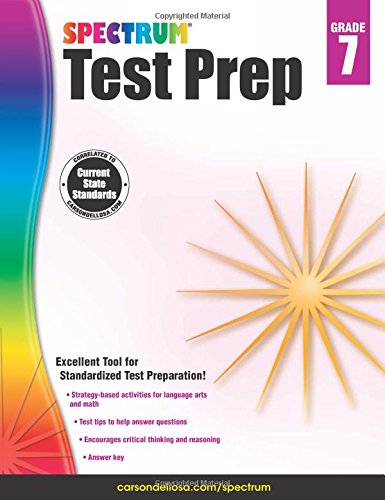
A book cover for Spectrum Test Prep, Grade 7; Teen & Young Adult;